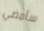
سأمضي